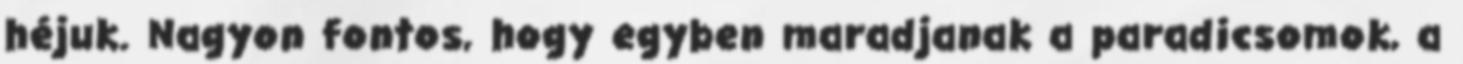
héjuk. Nagyon fontos, hogy egyben maradjanak a paradicsomok, a